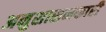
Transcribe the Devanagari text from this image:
अनुशासनकारी